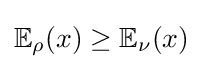
\mathbb {E} _{\rho }(x)\geq \mathbb {E} _{\nu }(x)